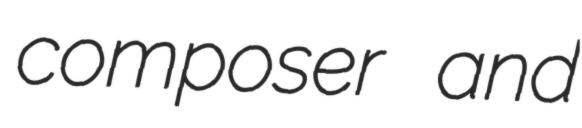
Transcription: composer and